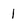
Character: 1